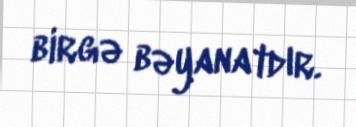
birgə bəyanatdır.